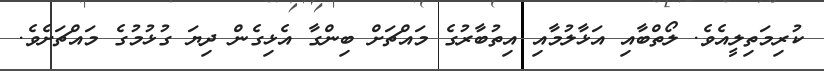
ކުރިމަތިލީއެވެ. ލޯތްބާއި އަޅާލުމާއި އިތުބާރުގެ މައްޗަށް ބިންގާ އެޅިގެން ދިޔަ ގުޅުމުގެ މައްޗަށެވެ.